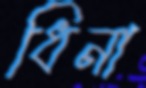
ধিনা